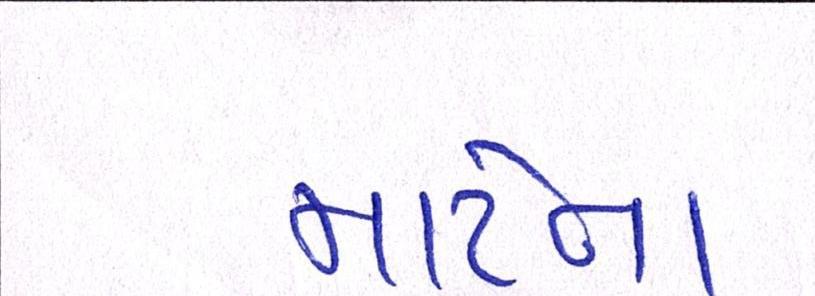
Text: માટેના